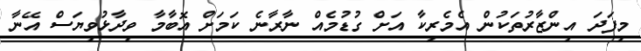
މިފަދަ އިންޒާރުތަކުން އެމެރިކާ އަށް ގުޑުމެއް ނާރާނެ ކަމަށް އޮބާމާ ވިދާޅުވިޔަސް އޭނާ